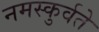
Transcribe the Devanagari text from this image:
नमस्कुर्वते